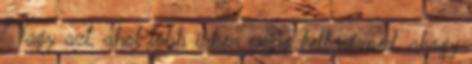
Vagy azt, ahol több ízben végig kell nézned, ahogy